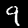
Label: 9